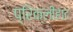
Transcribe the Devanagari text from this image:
प्रिक्लीहाट